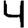
Digit: 4